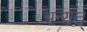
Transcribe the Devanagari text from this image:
अन्यत्